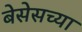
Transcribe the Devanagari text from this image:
बेसेसच्या